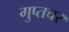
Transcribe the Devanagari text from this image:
गुप्‍तचर